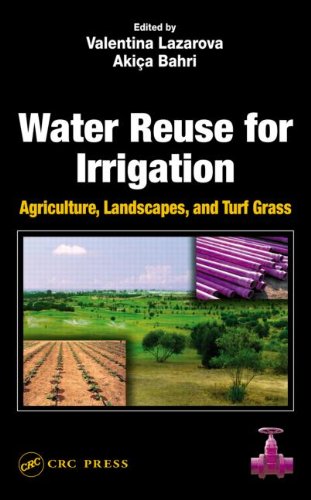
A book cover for Water Reuse for Irrigation: Agriculture, Landscapes, and Turf Grass; Science & Math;